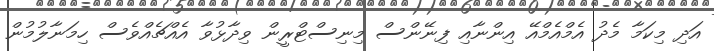
އަދި މިކަމާ މެދު އެމްއެމްއޭ އިންނާއި ފިނޭންސް މިނިސްޓްރީން ވިދާޅުވާ އެއްޗެއްވެސް ހިމަނާލުމުން